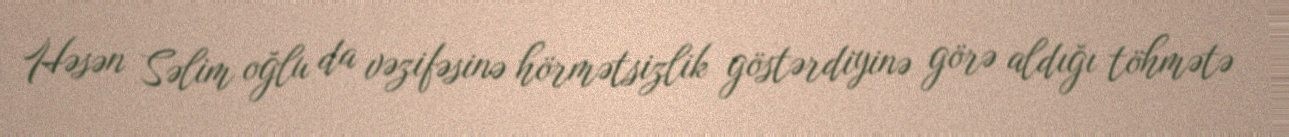
Həsən Səlim oğlu da vəzifəsinə hörmətsizlik göstərdiyinə görə aldığı töhmətə